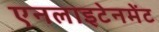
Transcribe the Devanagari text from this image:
एनलाइटेनमेंट